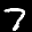
Label: 7